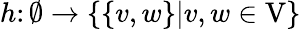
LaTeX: h\colon\emptyset\rightarrow\left\{ \left\{ v,w\right\} \middle|v,w\in\mathrm{V}\right\}